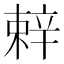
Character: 辢